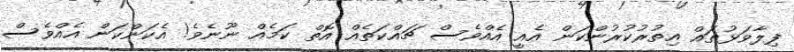
ފިލާވަޅުތައް އިތުރުކުރުންކަން އެއީ އެއްވެސް ޗައްކަތެއް އޮތް ކަމެއް ނޫނެވެ! އެކަންކަން އެއްވެސް